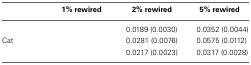
<table><thead><tr><td>[EMPTY_CELL]</td><td><b>1% rewired</b></td><td><b>2% rewired</b></td><td><b>5% rewired</b></td></tr></thead><tbody><tr><td>[EMPTY_CELL]</td><td>[EMPTY_CELL]</td><td>0.0189 (0.0030)</td><td>0.0352 (0.0044)</td></tr><tr><td>Cat</td><td>[EMPTY_CELL]</td><td>0.0281 (0.0076)</td><td>0.0575 (0.0112)</td></tr><tr><td>[EMPTY_CELL]</td><td>[EMPTY_CELL]</td><td>0.0217 (0.0023)</td><td>0.0317 (0.0028)</td></tr></tbody></table>